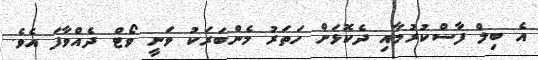
އެ ބިލް ފާސްކުރުމާއި ދެކޮޅަށް ހަތަރު މެންބަރަކު ވަނީ ވޯޓް ދެއްވާފަ އެވެ.